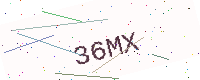
Text: 36MX